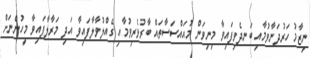
ނިޒާމު ހަރުދަނާވުމާއި ބަނދެވިފައިވާ މިނިވަން މުއައްސަސާތައް ބާރުވެރިވުމާއި ގެއްލުވާލާފައިވާ އަދި މަރާލާފައިވާ މީހުންނަށް